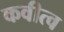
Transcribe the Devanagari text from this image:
कवीत्व